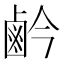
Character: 鹶